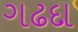
ગઢદા